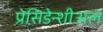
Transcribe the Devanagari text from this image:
प्रेसिडेन्शीअल